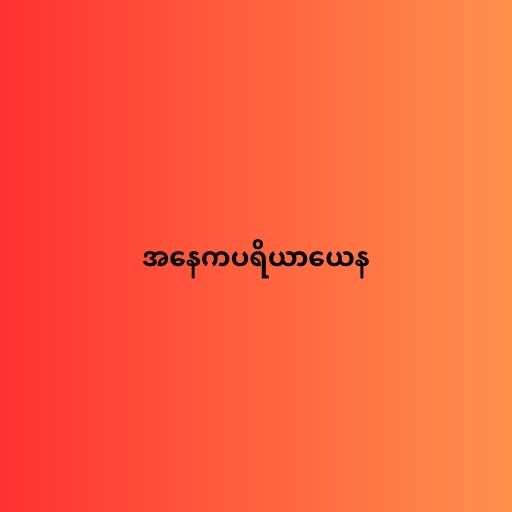
အနေကပရိယာယေန